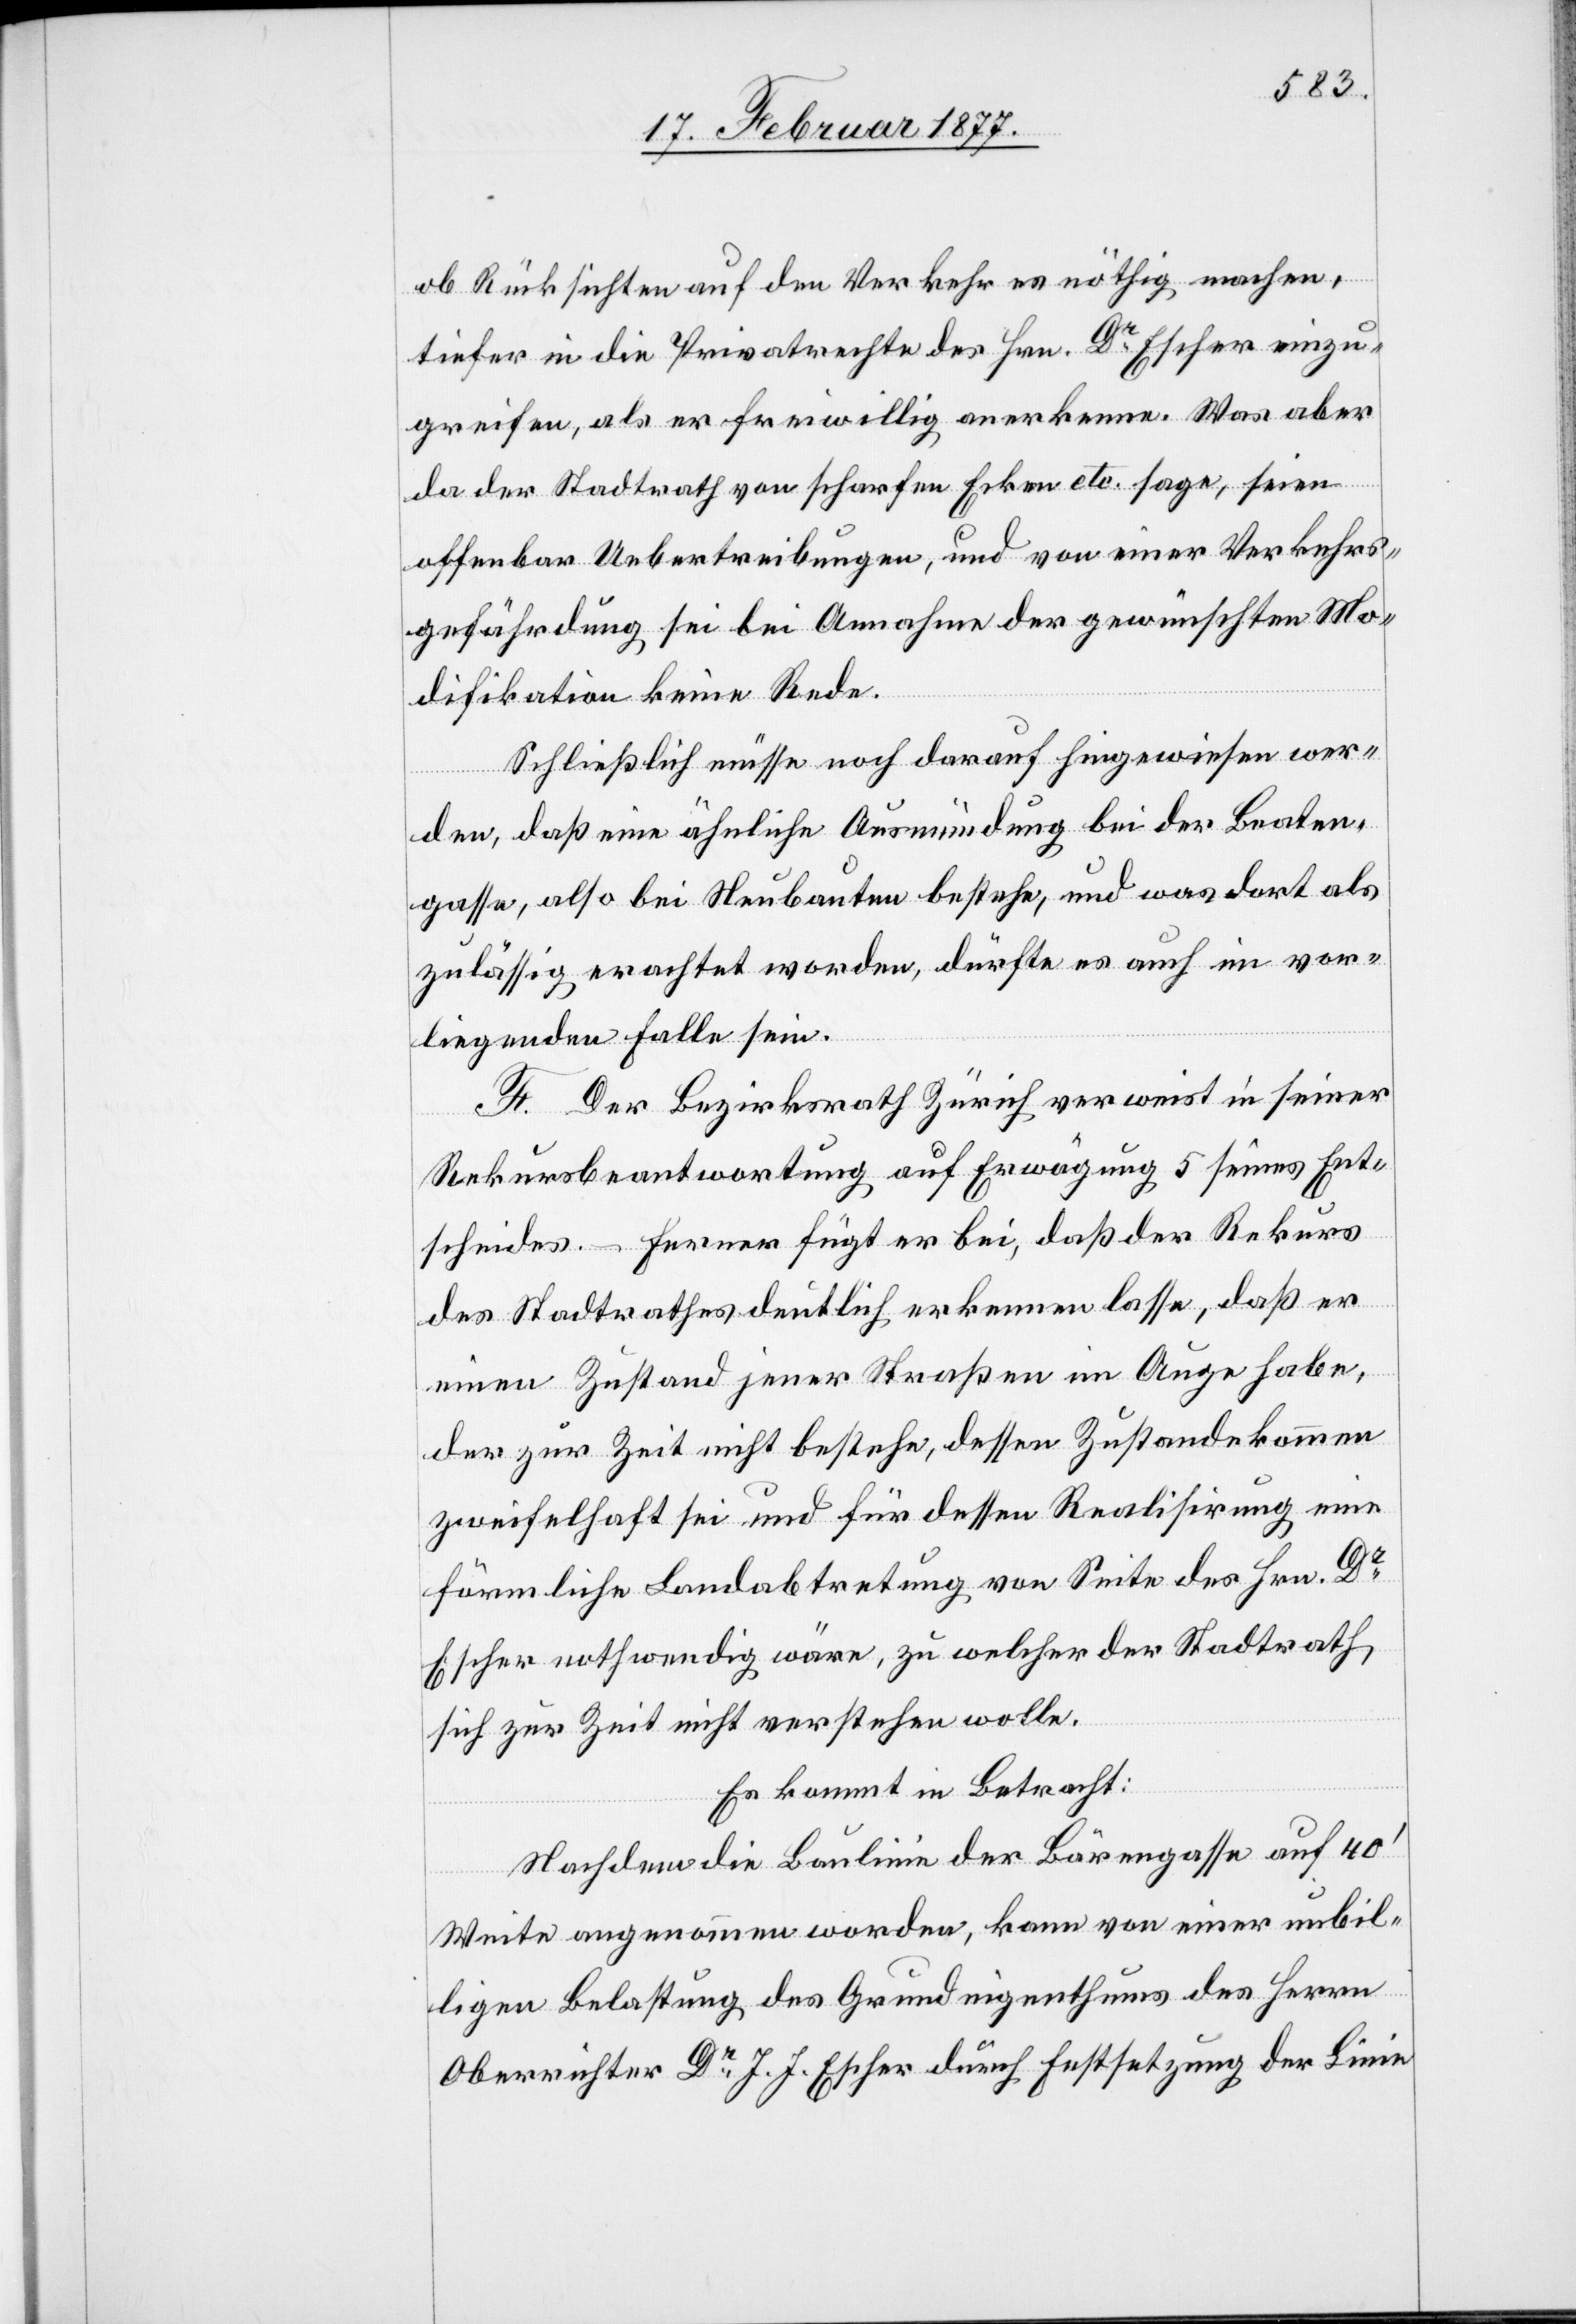
ob Rücksichten auf den Verkehr es nöthig machen,
tiefer in die Privatrechte des Hrn. Dr Escher einzu¬
greifen, als er freiwillig anerkenne. Was aber
da der Stadtrath von scharfen Ecken etc. sage, seien
offenbar Uebertreibungen, und von einer Verkehrs¬
gefährdung sei bei Annahme der gewünschten Mo¬
difikation keine Rede.
Schließlich müsse noch darauf hingewiesen wer¬
den, daß eine ähnliche Ausmündung bei der Beaten¬
gasse, also bei Neubauten bestehe, und was dort als
zulässig erachtet worden, dürfte es auch im vor¬
liegenden Falle sein.
F. Der Bezirksrath Zürich verweist in seiner
Rekursbeantwortung auf Erwägung 5 seines Ent¬
scheides. – Ferner fügt er bei, daß der Rekurs
des Stadtrathes deutlich erkennen lasse, daß er
einen Zustand jener Straße im Auge habe,
der zur Zeit nicht bestehe, dessen Zustandekommen
zweifelhaft sei und für dessen Realisirung eine
förmliche Landabtretung von Seite des Hrn. Dr
Escher nothwendig wäre, zu welcher der Stadtrath
sich zur Zeit nicht verstehen wolle.
Es kommt in Betracht:
Nachdem die Baulinie der Bärengasse auf 40’
Weite angenommen worden, kann von einer unbil¬
ligen Belastung des Grundeigenthums des Herrn
Oberrichter Dr J. J. Escher durch Festsetzung der Linie